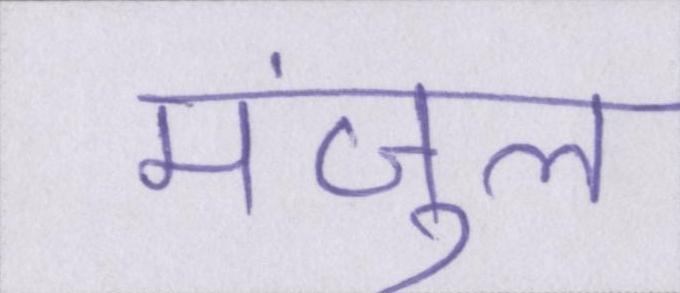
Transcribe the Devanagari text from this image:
मंजुल